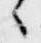
々